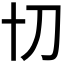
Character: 𭃄